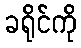
ခရိုင်ကို